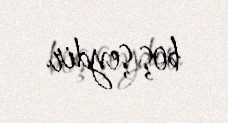
boş şeydir.